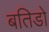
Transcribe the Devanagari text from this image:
बतिडो